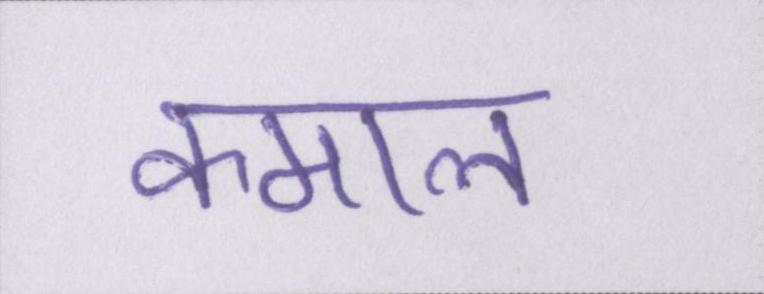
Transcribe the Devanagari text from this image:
कमाल